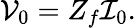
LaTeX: \mathcal{V}_{0}=Z_{f}\mathcal{I}_{0}.